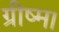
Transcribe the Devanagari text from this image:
ग्रीष्म।